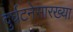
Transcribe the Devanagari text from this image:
दुर्घटनेसारख्या